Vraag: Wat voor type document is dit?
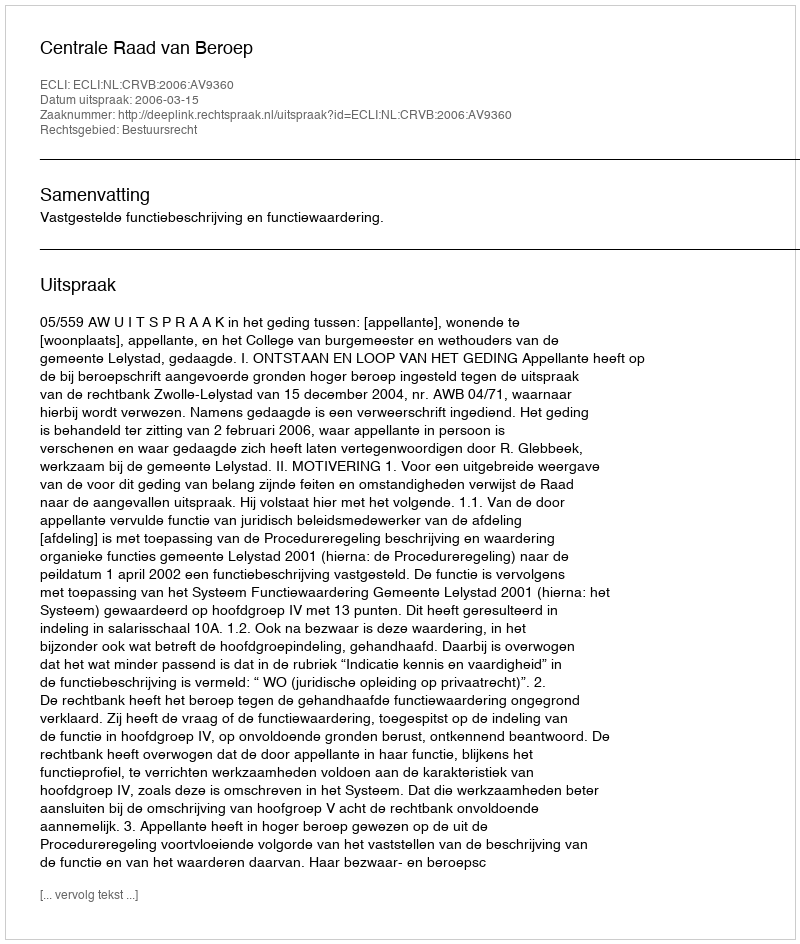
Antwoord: Uitspraak